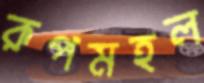
রূপমহল